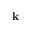
\mathbf { k }